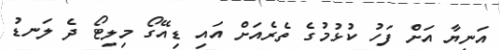
އަނިޔާ އަށް ފަހު ކުޅުމުގެ ތެރެއަށް އައި ޑިއޭގޯ މިލިޓޯ ދެ ލަނޑު